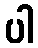
ပါ